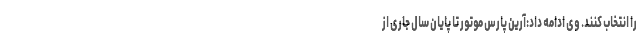
را انتخاب کنند. وی ادامه داد:آرین پارس موتور تا پایان سال جاری از